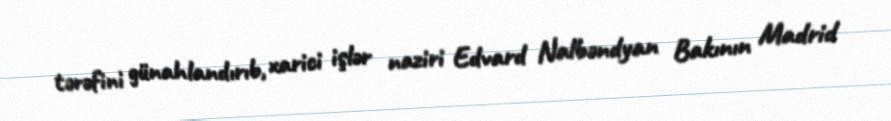
tərəfini günahlandırıb, xarici işlər naziri Edvard Nalbəndyan Bakının Madrid